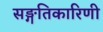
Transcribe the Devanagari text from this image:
सङ्गतिकारिणी